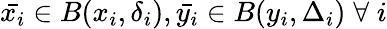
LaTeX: \bar{x_{i}}\in B(x_{i},\delta_{i}),\bar{y_{i}}\in B(y_{i},\Delta_{i})\; \forall\; i